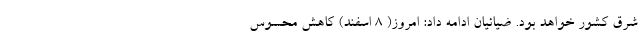
شرق کشور خواهد بود. ضیائیان ادامه داد: امروز( ۸ اسفند) کاهش محسوس